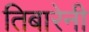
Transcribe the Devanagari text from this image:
तिबारेनी